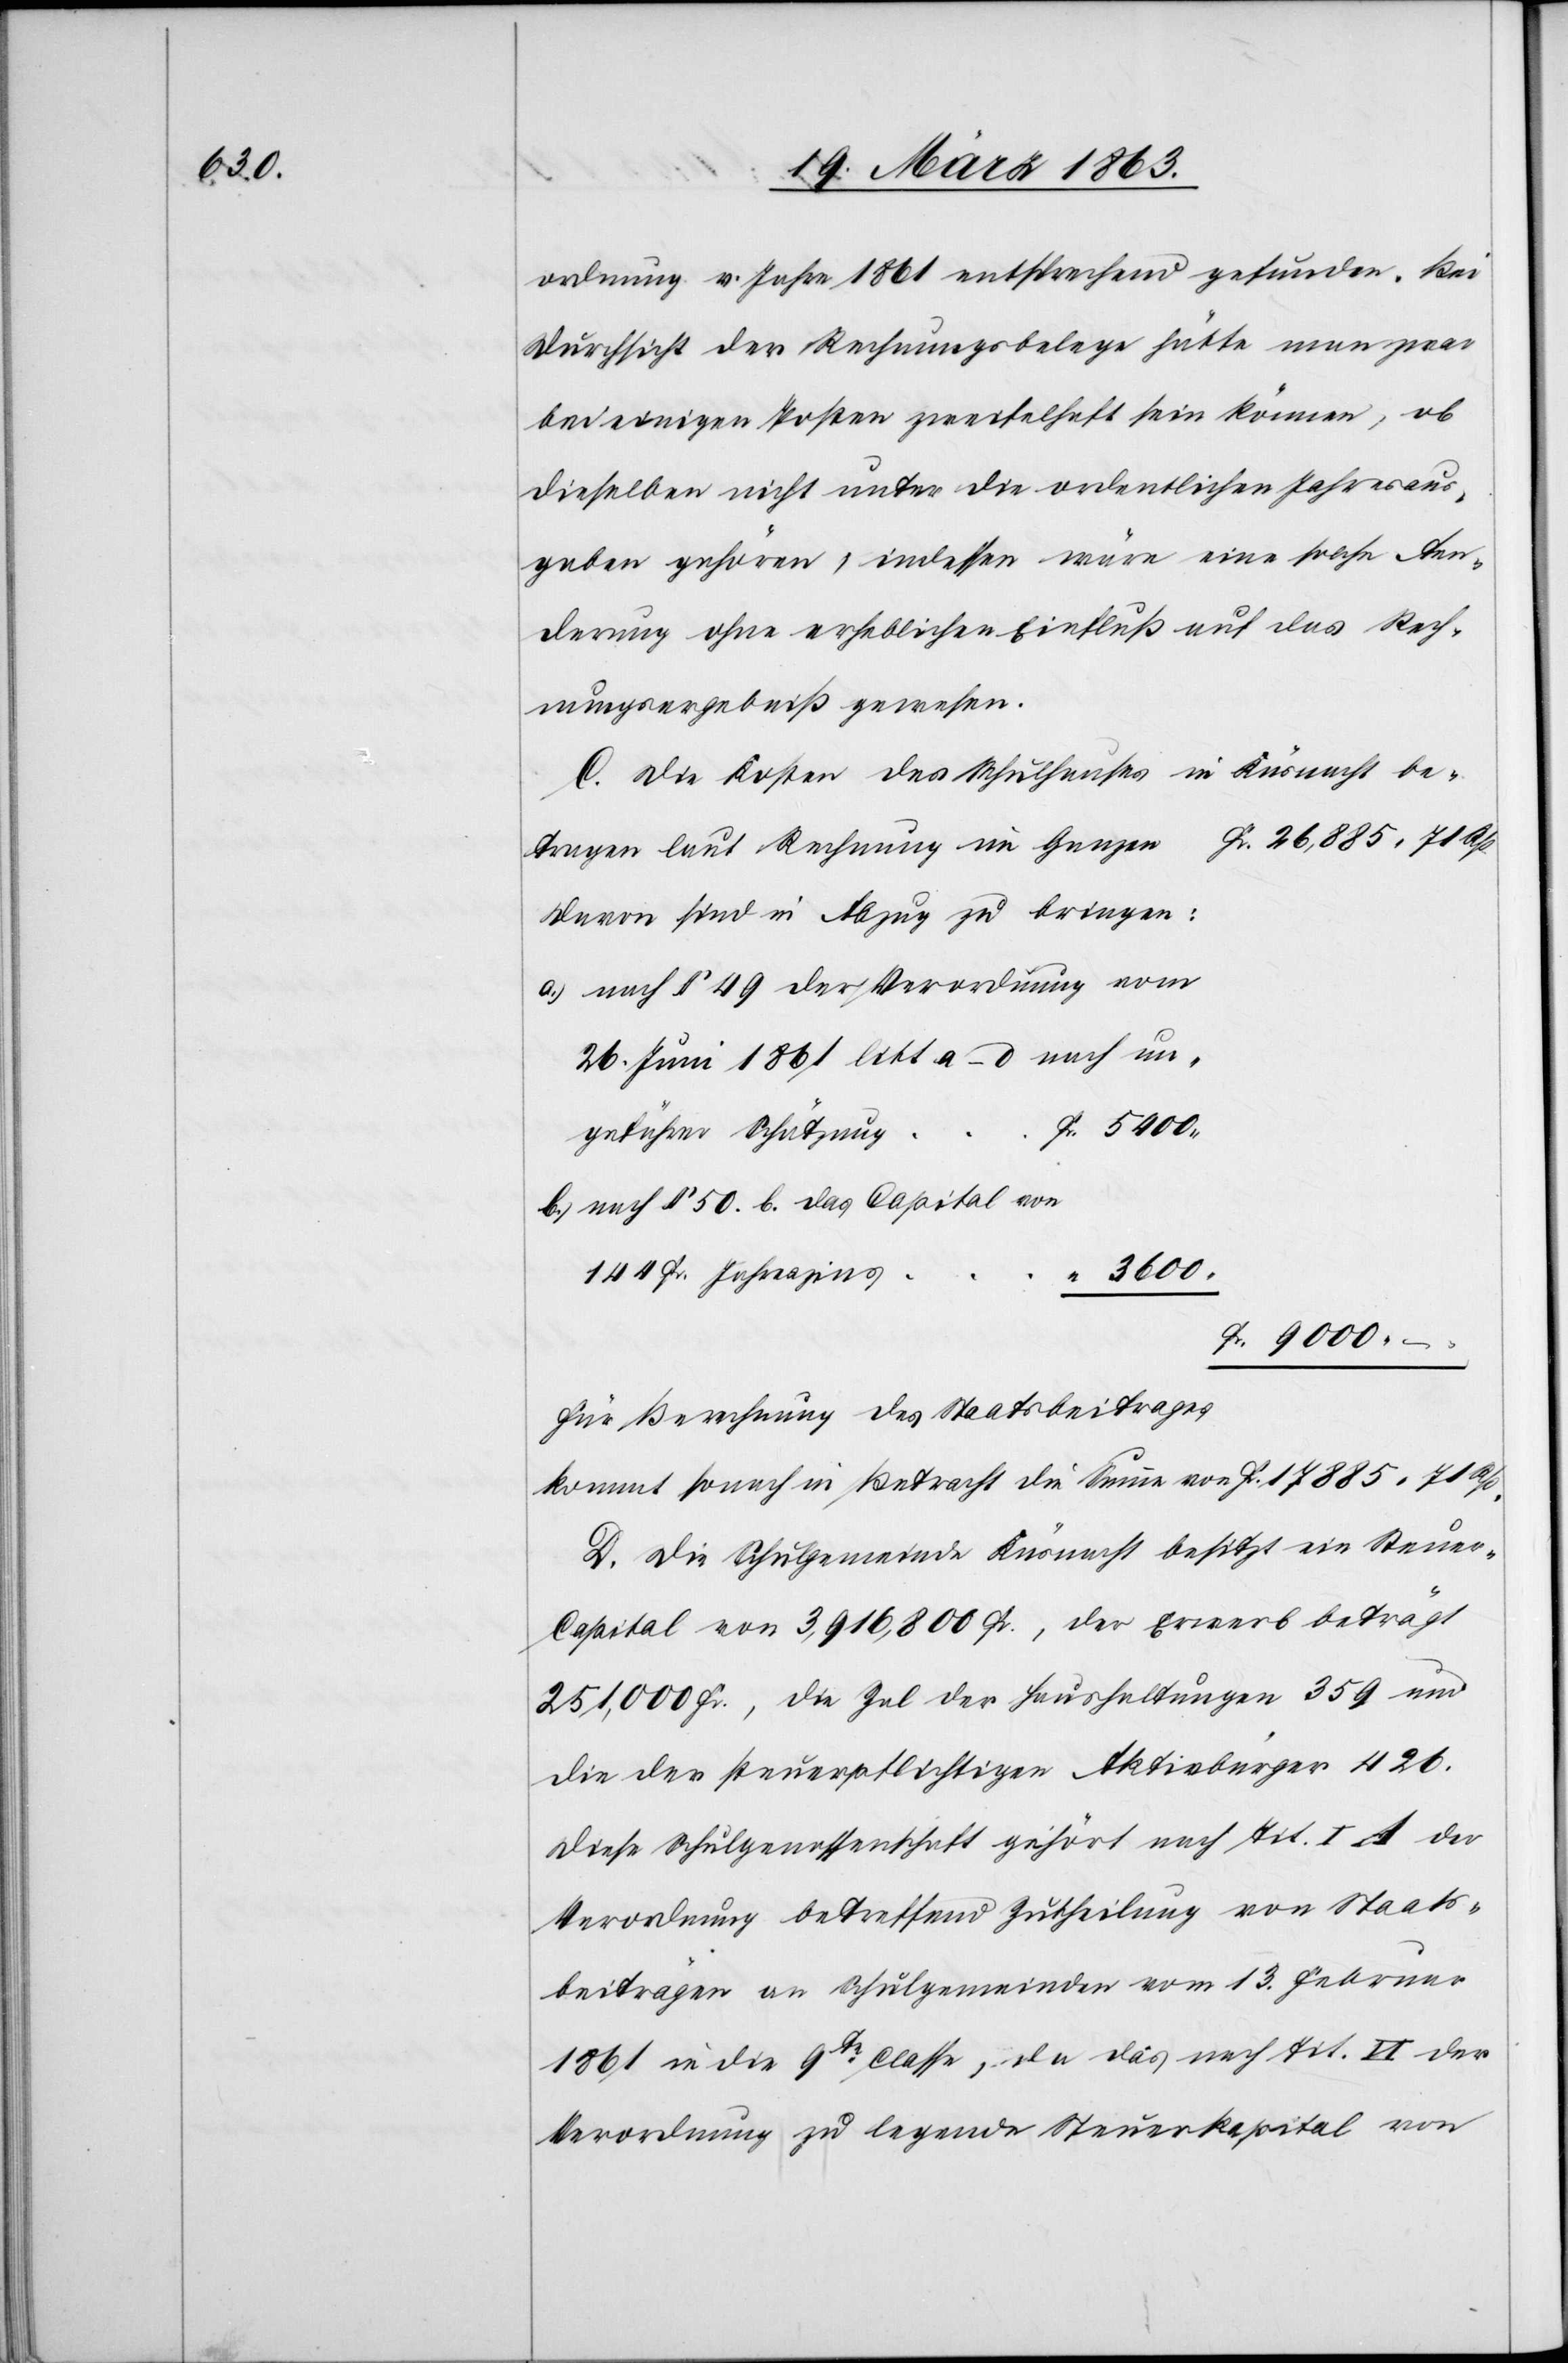
9000.

ordnung v. Jahre 1861 entsprechend gefunden. Bei
Durchsicht der Rechnungsbelege hätte man zwar
bei einigen Posten zweifelhaft sein können, ob
dieselben nicht unter die ordentlichen Jahresaus¬
gaben gehören, indessen wäre eine solche Aen¬
derung ohne erheblichen Einfluß auf das Rech¬
nungsergebniß gewesen.
Die Kosten des Schulhauses in Küsnacht be¬
tragen laut Rechnung im Ganzen
davon sind in Abzug zu bringen:
nach § 49 der Verordnung vom
26. Juni 1861 litt a–d nach un¬
gefährer Schätzung
nach § 50. b. das Capital von
144 Fr. Jahreszins
3600.
Für Berechnung des Staatsbeitrages
kommt sonach in Betracht die Summe von 	 Fr. 17 885. 71 Rp.
D. Die Schulgemeinde Küsnacht besitzt ein Steuer¬
capital von 3,916,800 Fr., der Erwerb beträgt
251,000 Fr., die Zal der Haushaltungen 359 und
die der steuerpflichtigen Aktivbürger 426.
Diese Schulgenossenschaft gehört nach Tit. I A der
Verordnung betreffend Zutheilung von Staats¬
beiträgen an Schulgemeinden vom 13. Februar
1861 in die 9te Classe, da das nach Tit. VI der
Verordnung zu legende Steuerkapital von